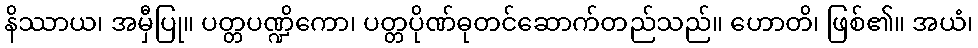
နိဿာယ၊ အမှီပြု။ ပတ္တပဏ္ဍိကော၊ ပတ္တပိုဏ်ဓုတင်ဆောက်တည်သည်။ ဟောတိ၊ ဖြစ်၏။ အယံ၊